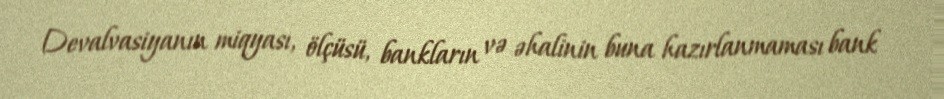
Devalvasiyanın miqyası, ölçüsü, bankların və əhalinin buna hazırlanmaması bank